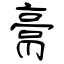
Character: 膏